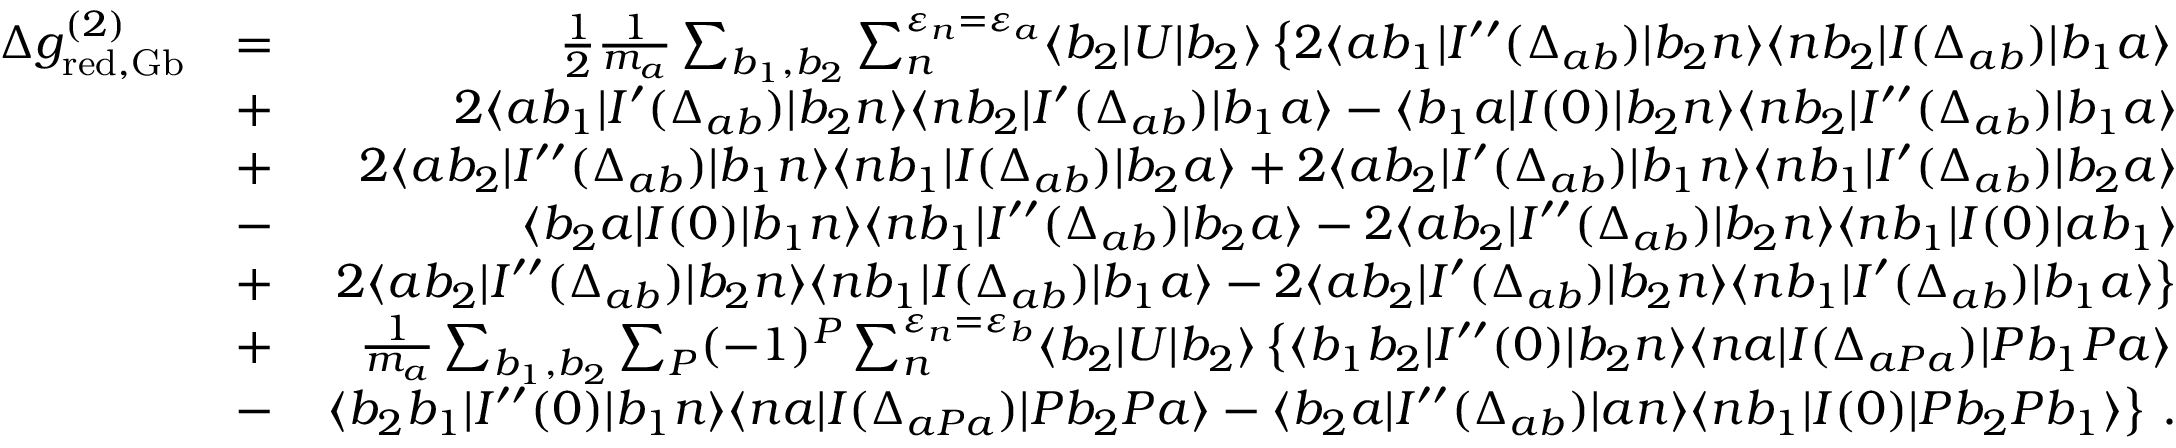
\begin{array} { r l r } { \Delta g _ { \mathrm { r e d , G b } } ^ { ( 2 ) } } & { = } & { \frac 1 2 \frac { 1 } { m _ { a } } \sum _ { b _ { 1 } , b _ { 2 } } \sum _ { n } ^ { \varepsilon _ { n } = \varepsilon _ { a } } \langle b _ { 2 } | U | b _ { 2 } \rangle \left\{ 2 \langle a b _ { 1 } | I ^ { \prime \prime } ( \Delta _ { a b } ) | b _ { 2 } n \rangle \langle n b _ { 2 } | I ( \Delta _ { a b } ) | b _ { 1 } a \rangle \right. } \\ & { + } & { 2 \langle a b _ { 1 } | I ^ { \prime } ( \Delta _ { a b } ) | b _ { 2 } n \rangle \langle n b _ { 2 } | I ^ { \prime } ( \Delta _ { a b } ) | b _ { 1 } a \rangle - \langle b _ { 1 } a | I ( 0 ) | b _ { 2 } n \rangle \langle n b _ { 2 } | I ^ { \prime \prime } ( \Delta _ { a b } ) | b _ { 1 } a \rangle } \\ & { + } & { 2 \langle a b _ { 2 } | I ^ { \prime \prime } ( \Delta _ { a b } ) | b _ { 1 } n \rangle \langle n b _ { 1 } | I ( \Delta _ { a b } ) | b _ { 2 } a \rangle + 2 \langle a b _ { 2 } | I ^ { \prime } ( \Delta _ { a b } ) | b _ { 1 } n \rangle \langle n b _ { 1 } | I ^ { \prime } ( \Delta _ { a b } ) | b _ { 2 } a \rangle } \\ & { - } & { \langle b _ { 2 } a | I ( 0 ) | b _ { 1 } n \rangle \langle n b _ { 1 } | I ^ { \prime \prime } ( \Delta _ { a b } ) | b _ { 2 } a \rangle - 2 \langle a b _ { 2 } | I ^ { \prime \prime } ( \Delta _ { a b } ) | b _ { 2 } n \rangle \langle n b _ { 1 } | I ( 0 ) | a b _ { 1 } \rangle } \\ & { + } & { \left. 2 \langle a b _ { 2 } | I ^ { \prime \prime } ( \Delta _ { a b } ) | b _ { 2 } n \rangle \langle n b _ { 1 } | I ( \Delta _ { a b } ) | b _ { 1 } a \rangle - 2 \langle a b _ { 2 } | I ^ { \prime } ( \Delta _ { a b } ) | b _ { 2 } n \rangle \langle n b _ { 1 } | I ^ { \prime } ( \Delta _ { a b } ) | b _ { 1 } a \rangle \right\} } \\ & { + } & { \frac { 1 } { m _ { a } } \sum _ { b _ { 1 } , b _ { 2 } } \sum _ { P } ( - 1 ) ^ { P } \sum _ { n } ^ { \varepsilon _ { n } = \varepsilon _ { b } } \langle b _ { 2 } | U | b _ { 2 } \rangle \left\{ \langle b _ { 1 } b _ { 2 } | I ^ { \prime \prime } ( 0 ) | b _ { 2 } n \rangle \langle n a | I ( \Delta _ { a P a } ) | P b _ { 1 } P a \rangle \right. } \\ & { - } & { \left. \langle b _ { 2 } b _ { 1 } | I ^ { \prime \prime } ( 0 ) | b _ { 1 } n \rangle \langle n a | I ( \Delta _ { a P a } ) | P b _ { 2 } P a \rangle - \langle b _ { 2 } a | I ^ { \prime \prime } ( \Delta _ { a b } ) | a n \rangle \langle n b _ { 1 } | I ( 0 ) | P b _ { 2 } P b _ { 1 } \rangle \right\} \, . } \end{array}